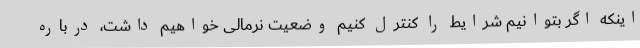
اینکه اگر بتوانیم شرایط را کنترل کنیم وضعیت نرمالی خواهیم داشت، درباره